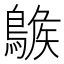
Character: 𪂷